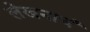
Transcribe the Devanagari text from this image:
लेखनाचं